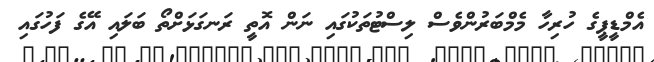
އެމްޑީޕީގެ ހުރިހާ މެމްބަރުންވެސް ލިސްޓުތަކުގައި ނަން އޮތީ ރަނގަޅަށްތޯ ބަލައި އޭގެ ފަހުގައި